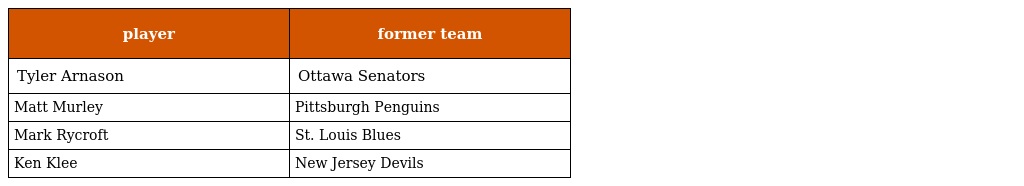
| player | former team |
 | --- | --- |
 | Tyler Arnason | Ottawa Senators |
 | Matt Murley | Pittsburgh Penguins |
 | Mark Rycroft | St. Louis Blues |
 | Ken Klee | New Jersey Devils |